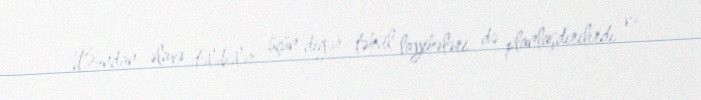
Bundan əlavə tələbələr üçün digər təhsil layihələri də planlaşdırılırdı və